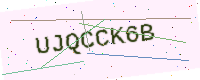
Text: UJQCCK6B